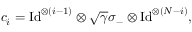
{ c } _ { i } = \mathrm { I d } ^ { \otimes ( i - 1 ) } \otimes \sqrt { \gamma } \sigma _ { - } \otimes \mathrm { I d } ^ { \otimes ( N - i ) } ,